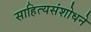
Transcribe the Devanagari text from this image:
साहित्यसंशोधने